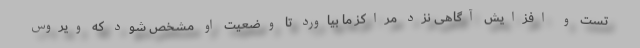
تست و افزایش آگاهی نزد مراکز ما بیاورد تا وضعیت او مشخص شود که ویروس